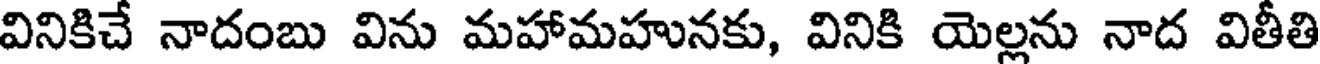
వినికిచే నాదంబు విను మహామహునకు, వినికి యెల్లను నాద వితీతి